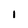
Character: l